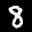
Label: 8